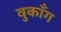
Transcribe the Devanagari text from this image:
वुकाँग